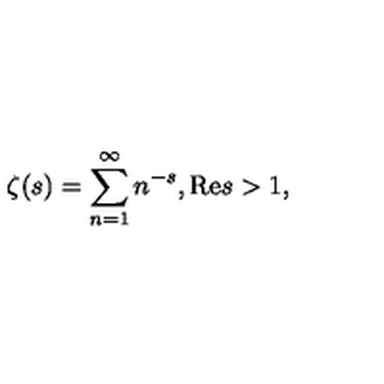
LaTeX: \zeta ( s ) = \sum _ { n = 1 } ^ { \infty } n ^ { - s } , \mathrm { R e } s > 1 ,